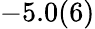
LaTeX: -5.0(6)